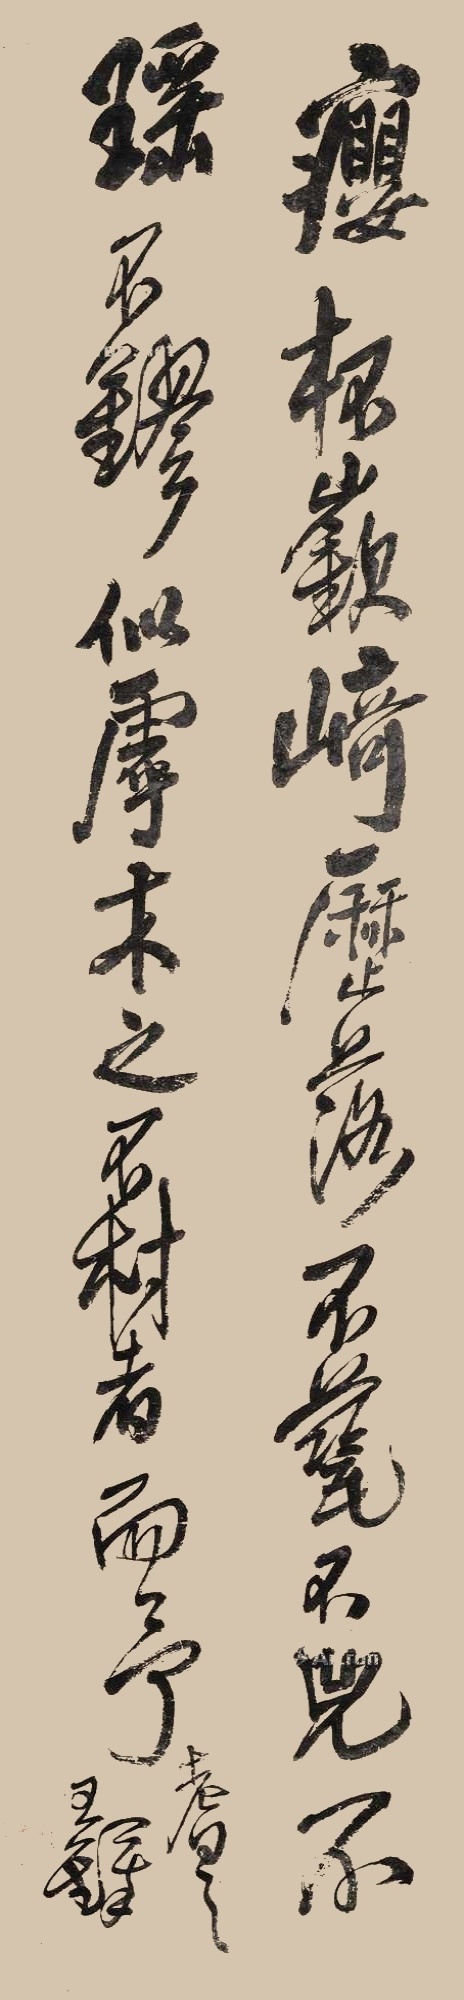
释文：瘿杯嵚崎历落，不瓷不兕，不瑶不镠，似呼木之不材者而予耆之。王铎。